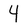
Character: 4